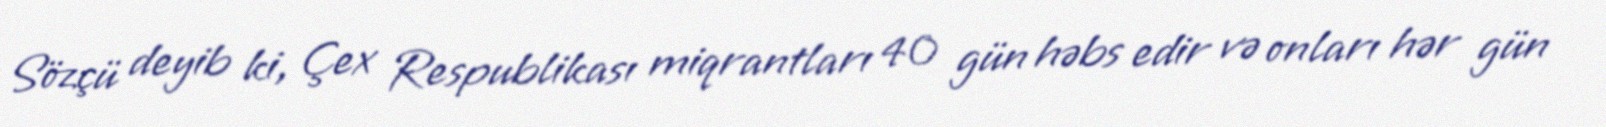
Sözçü deyib ki, Çex Respublikası miqrantları 40 gün həbs edir və onları hər gün